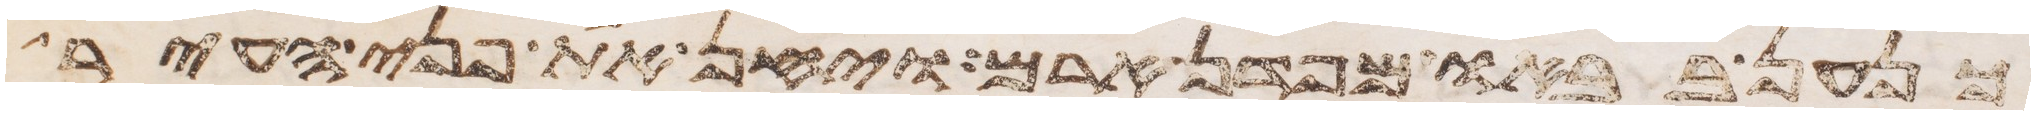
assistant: כנען בבאו מפדן ארם ויחן את פני העיר